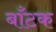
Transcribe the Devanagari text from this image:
बाँटक